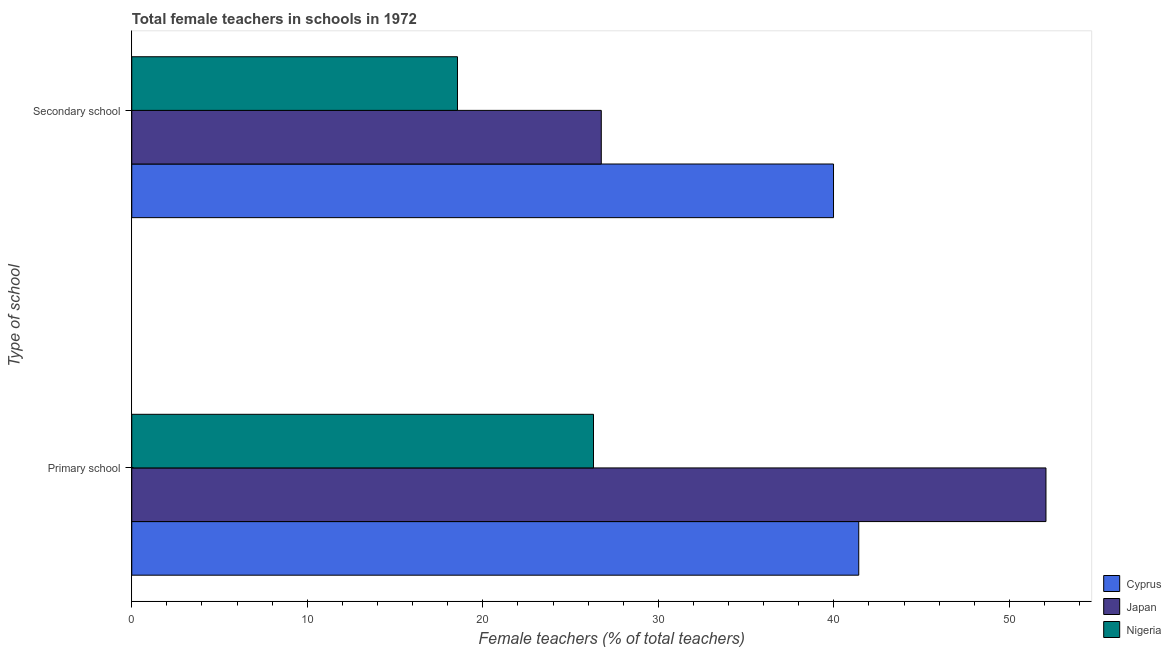
| Type of school | Cyprus | Japan | Nigeria |
 | --- | --- | --- | --- |
 | Primary school | 41.4 | 52.1 | 26.3 |
 | Secondary school | 40 | 26.7 | 18.6 |